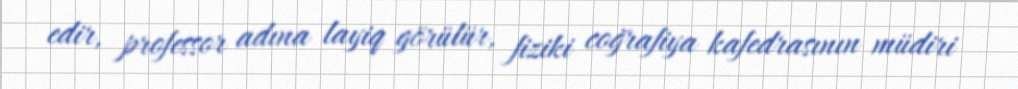
edir, professor adına layiq görülür, fiziki coğrafiya kafedrasının müdiri